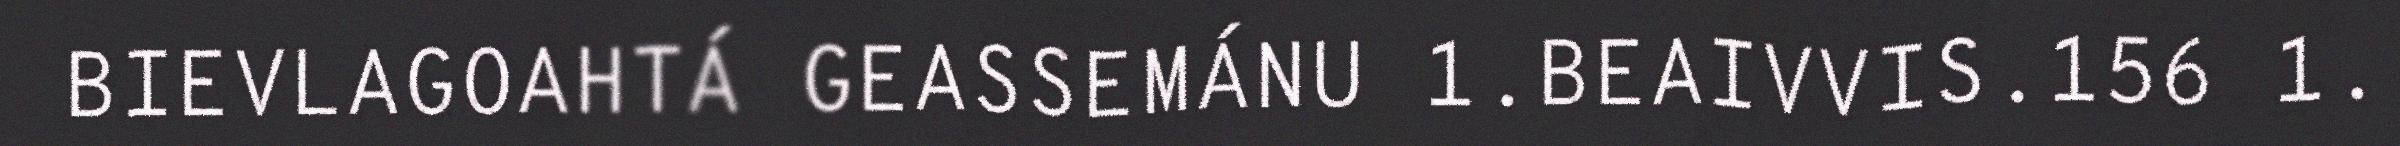
BIEVLAGOAHTÁ GEASSEMÁNU 1.BEAIVVIS.156 1.